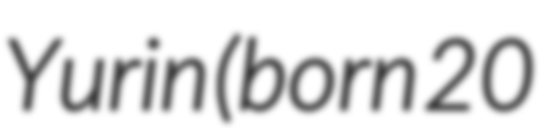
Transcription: Yurin (born 20